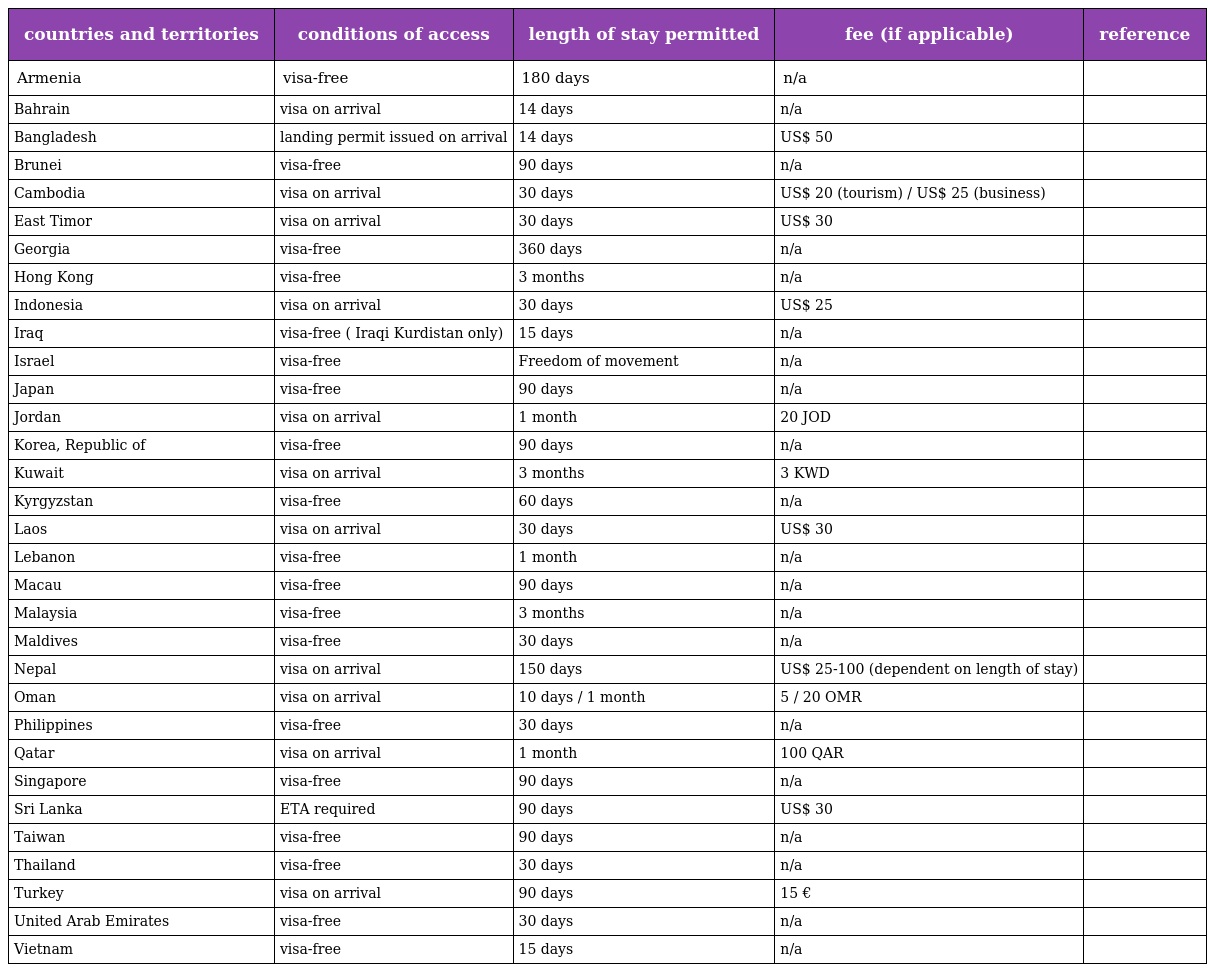
| countries and territories | conditions of access | length of stay permitted | fee (if applicable) | reference |
 | --- | --- | --- | --- | --- |
 | Armenia | visa-free | 180 days | n/a |  |
 | Bahrain | visa on arrival | 14 days | n/a |  |
 | Bangladesh | landing permit issued on arrival | 14 days | US$ 50 |  |
 | Brunei | visa-free | 90 days | n/a |  |
 | Cambodia | visa on arrival | 30 days | US$ 20 (tourism) / US$ 25 (business) |  |
 | East Timor | visa on arrival | 30 days | US$ 30 |  |
 | Georgia | visa-free | 360 days | n/a |  |
 | Hong Kong | visa-free | 3 months | n/a |  |
 | Indonesia | visa on arrival | 30 days | US$ 25 |  |
 | Iraq | visa-free ( Iraqi Kurdistan only) | 15 days | n/a |  |
 | Israel | visa-free | Freedom of movement | n/a |  |
 | Japan | visa-free | 90 days | n/a |  |
 | Jordan | visa on arrival | 1 month | 20 JOD |  |
 | Korea, Republic of | visa-free | 90 days | n/a |  |
 | Kuwait | visa on arrival | 3 months | 3 KWD |  |
 | Kyrgyzstan | visa-free | 60 days | n/a |  |
 | Laos | visa on arrival | 30 days | US$ 30 |  |
 | Lebanon | visa-free | 1 month | n/a |  |
 | Macau | visa-free | 90 days | n/a |  |
 | Malaysia | visa-free | 3 months | n/a |  |
 | Maldives | visa-free | 30 days | n/a |  |
 | Nepal | visa on arrival | 150 days | US$ 25-100 (dependent on length of stay) |  |
 | Oman | visa on arrival | 10 days / 1 month | 5 / 20 OMR |  |
 | Philippines | visa-free | 30 days | n/a |  |
 | Qatar | visa on arrival | 1 month | 100 QAR |  |
 | Singapore | visa-free | 90 days | n/a |  |
 | Sri Lanka | ETA required | 90 days | US$ 30 |  |
 | Taiwan | visa-free | 90 days | n/a |  |
 | Thailand | visa-free | 30 days | n/a |  |
 | Turkey | visa on arrival | 90 days | 15 € |  |
 | United Arab Emirates | visa-free | 30 days | n/a |  |
 | Vietnam | visa-free | 15 days | n/a |  |